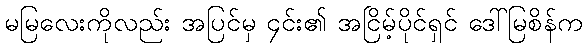
မမြလေးကိုလည်း အပြင်မှ ၄င်း၏ အငြိမ့်ပိုင်ရှင် ဒေါ်မြစိန်က